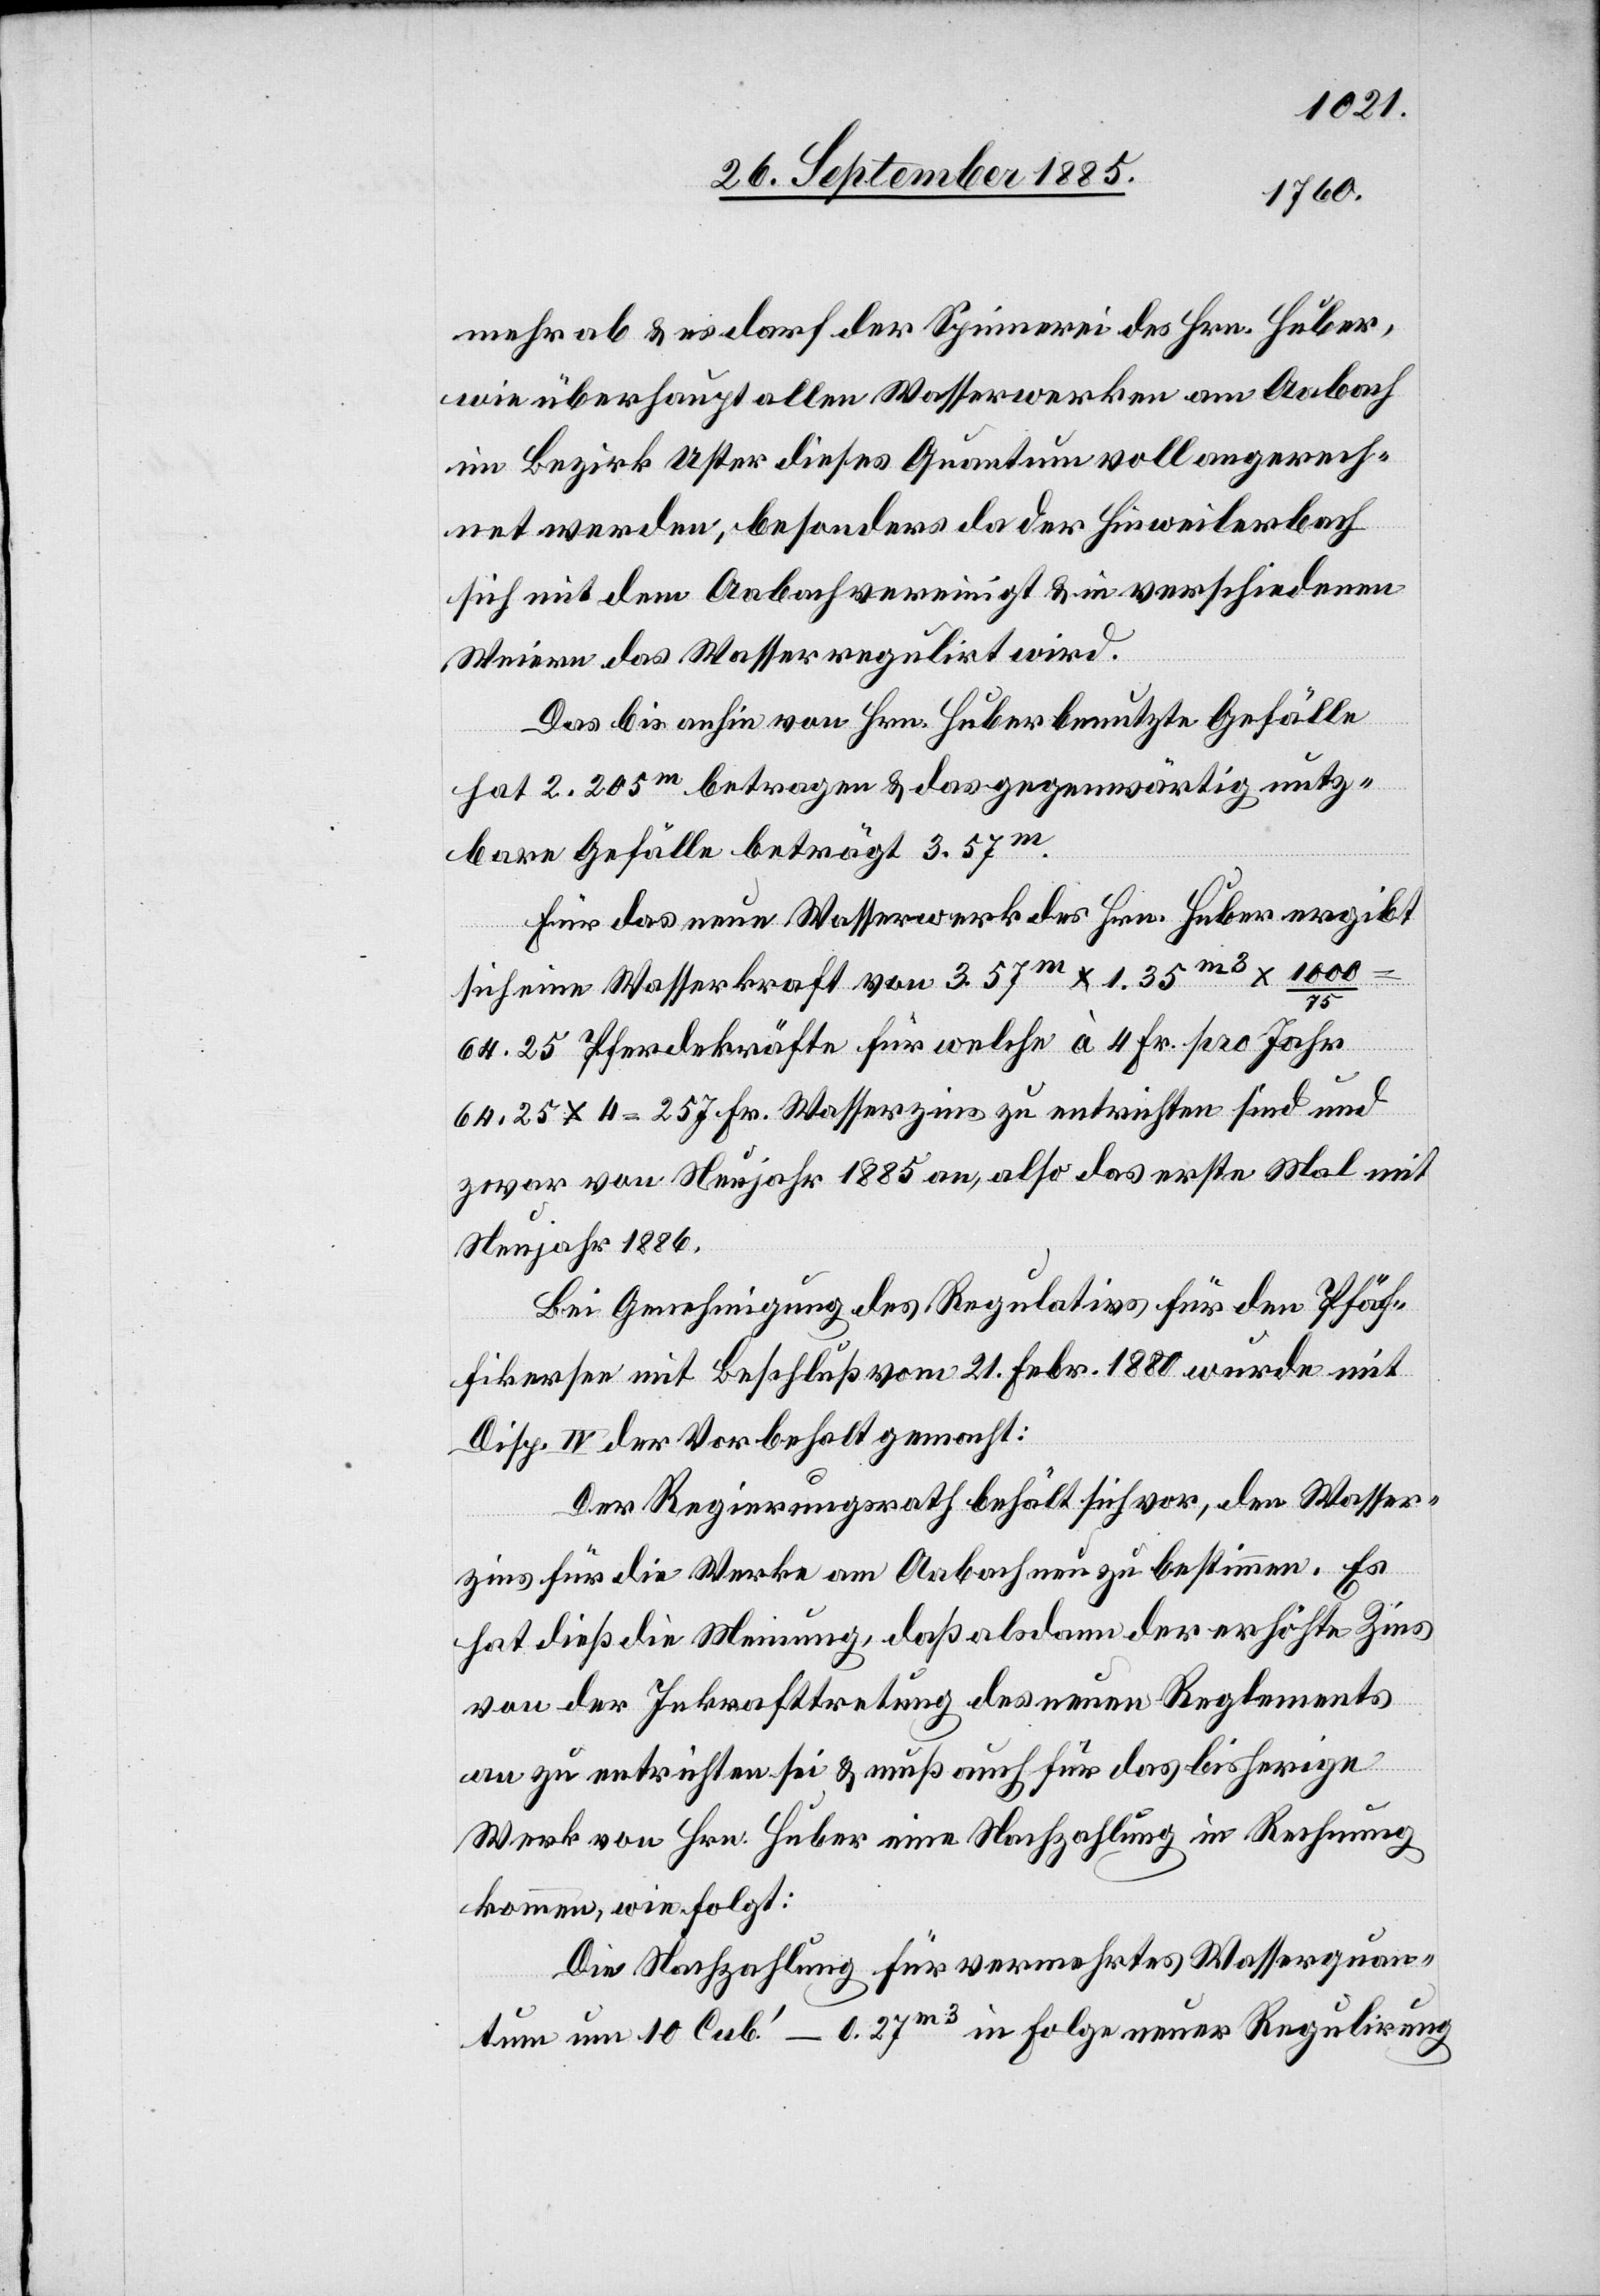
mehr ab & es darf der Spinnerei des Hrn. Huber,
wie überhaupt allen Wasserwerken am Aabach
im Bezirk Uster dieses Quantum vollangerech¬
net werden, besonders da der Hinweilerbach
sich mit dem Aabach vereinigt & in verschiedenen
Weiern das Wasser regulirt wird.
Das bis anhin von Hrn. Huber benutzte Gefälle
hat 2.205m betragen & das gegenwärtig nutz¬
bare Gefälle beträgt 3.57m.
Für das neue Wasserwerk des Hrn. Huber ergibt
sich eine Wasserkraft von 3.57m x 1.35m3 x 1000/75
64.25 Pferdekräfte für welche à 4 Fr. pro Jahr
64,25 x 4 = 257 Fr. Wasserzins zu entrichten sind und
zwar von Neujahr 1885 an, also das erste Mal mit
Neujahr 1886.
Bei Genehmigung des Regulativs für den Pfäf¬
fikersee mit Beschluß vom 21. Febr. 1880 wurde mit
Disp. IV der Vorbehalt gemacht:
Der Regierungsrath behält sich vor, den Wasser¬
zins für die Werke am Aabach neu zu bestimmen. Es
hat dieß die Meinung, daß alsdann der erhöhte Zins
von der Inkrafttretung des neuen Reglements
an zu entrichten sei & muß auch für das bisherige
Werk von Hrn. Huber eine Nachzahlung in Rechnung
kommen wie folgt:
Die Nachzahlung für vermehrtes Wasserquan¬
tum um 10 Cub‘–0.27m3 in Folge neuer Regulirung